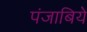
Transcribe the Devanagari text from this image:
पंजाबिये